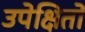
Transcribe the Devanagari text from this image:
उपेक्षितों